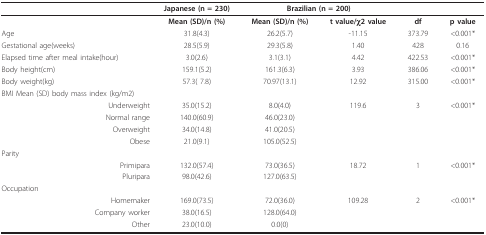
<table><thead><tr><td></td><td><b>Japanese (n = 230)</b></td><td colspan="2"><b>Brazilian (n = 200)</b></td><td></td><td></td></tr></thead><tbody><tr><td></td><td><b>Mean (SD)/n (%)</b></td><td><b>Mean (SD)/n (%)</b></td><td><b>t value/χ2 value</b></td><td><b>df</b></td><td><b>p value</b></td></tr><tr><td>Age</td><td>31.8(4.3)</td><td>26.2(5.7)</td><td>-11.15</td><td>373.79</td><td>&lt;0.001*</td></tr><tr><td>Gestational age(weeks)</td><td>28.5(5.9)</td><td>29.3(5.8)</td><td>1.40</td><td>428</td><td>0.16</td></tr><tr><td>Elapsed time after meal intake(hour)</td><td>3.0(2.6)</td><td>3.1(3.1)</td><td>4.42</td><td>422.53</td><td>&lt;0.001*</td></tr><tr><td>Body height(cm)</td><td>159.1(5.2)</td><td>161.3(6.3)</td><td>3.93</td><td>386.06</td><td>&lt;0.001*</td></tr><tr><td>Body weight(kg)</td><td>57.3( 7.8)</td><td>70.97(13.1)</td><td>12.92</td><td>315.00</td><td>&lt;0.001*</td></tr><tr><td>BMI Mean (SD) body mass index (kg/m2)</td><td></td><td></td><td></td><td></td><td></td></tr><tr><td>Underweight</td><td>35.0(15.2)</td><td>8.0(4.0)</td><td>119.6</td><td>3</td><td>&lt;0.001*</td></tr><tr><td>Normal range</td><td>140.0(60.9)</td><td>46.0(23.0)</td><td></td><td></td><td></td></tr><tr><td>Overweight</td><td>34.0(14.8)</td><td>41.0(20.5)</td><td></td><td></td><td></td></tr><tr><td>Obese</td><td>21.0(9.1)</td><td>105.0(52.5)</td><td></td><td></td><td></td></tr><tr><td>Parity</td><td></td><td></td><td></td><td></td><td></td></tr><tr><td>Primipara</td><td>132.0(57.4)</td><td>73.0(36.5)</td><td>18.72</td><td>1</td><td>&lt;0.001*</td></tr><tr><td>Pluripara</td><td>98.0(42.6)</td><td>127.0(63.5)</td><td></td><td></td><td></td></tr><tr><td>Occupation</td><td></td><td></td><td></td><td></td><td></td></tr><tr><td>Homemaker</td><td>169.0(73.5)</td><td>72.0(36.0)</td><td>109.28</td><td>2</td><td>&lt;0.001*</td></tr><tr><td>Company worker</td><td>38.0(16.5)</td><td>128.0(64.0)</td><td></td><td></td><td></td></tr><tr><td>Other</td><td>23.0(10.0)</td><td>0.0(0)</td><td></td><td></td><td></td></tr></tbody></table>